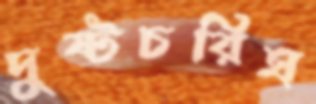
দুষ্টচরিত্র